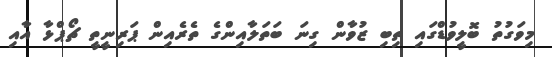
މިވަގުތު ބޮލީވުޑްގައި ތިބި ޒުވާން ގިނަ ބަތަލާއިންގެ ތެރެއިން ޕަރިނީތީ ޗޯޕްޅާ އާއި